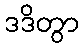
ဒဒိတွာ